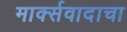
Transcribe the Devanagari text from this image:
मार्क्‍सवादाचा